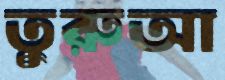
তুরুআ